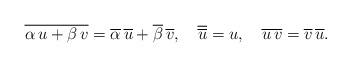
LaTeX: \begin{align*}\overline{\alpha\,u+\beta\,v}=\overline{\alpha}\,\overline{u}+\overline{\beta}\,\overline{v},\quad\overline{\overline{u}}=u,\quad\overline{u\,v}=\overline{v}\,\overline{u}.\end{align*}